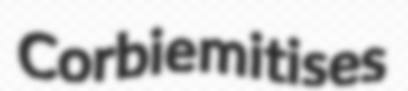
Corbie mitises